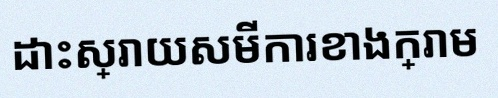
ដោះស្រាយសមីការខាងក្រោម